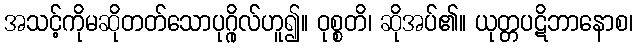
အသင့်ကိုမဆိုတတ်သောပုဂ္ဂိုလ်ဟူ၍။ ဝုစ္စတိ၊ ဆိုအပ်၏။ ယုတ္တပဋိဘာနောစ၊